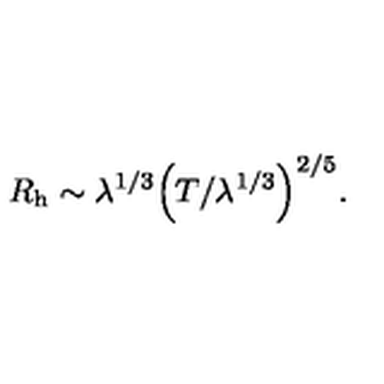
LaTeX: R _ { \mathrm { h } } \sim \lambda ^ { 1 / 3 } \Bigr ( T / \lambda ^ { 1 / 3 } \Bigl ) ^ { 2 / 5 } .